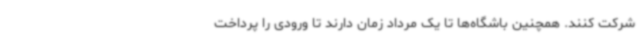
شرکت کنند. همچنین باشگاه‌ها تا یک مرداد زمان دارند تا ورودی را پرداخت